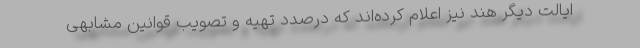
ایالت دیگر هند نیز اعلام کرده‌اند که درصدد تهیه و تصویب قوانین مشابهی